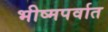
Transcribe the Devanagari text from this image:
भीष्मपर्वात